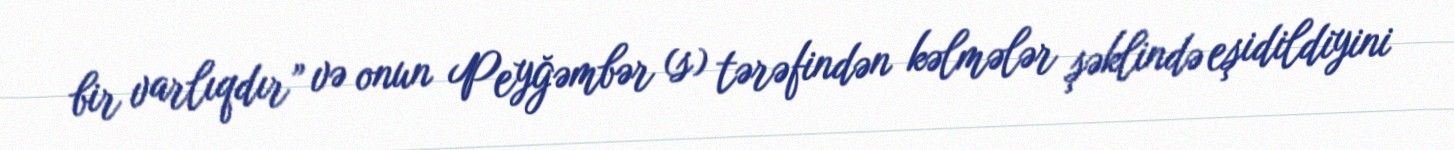
bir varlıqdır” və onun Peyğəmbər (s) tərəfindən kəlmələr şəklində eşidildiyini